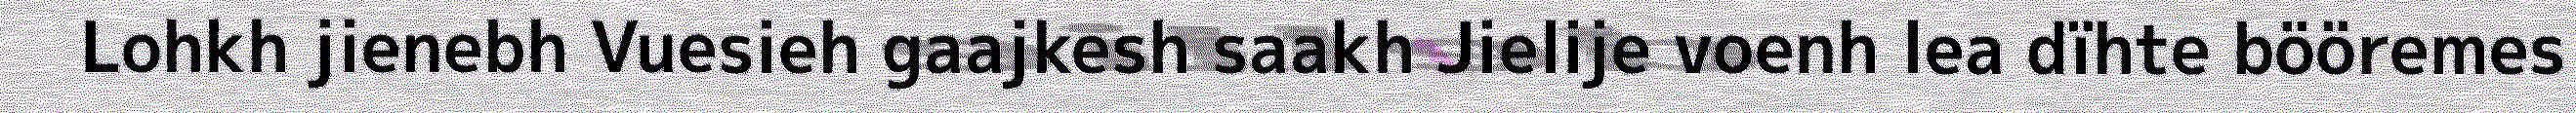
Lohkh jienebh Vuesieh gaajkesh saakh Jielije voenh lea dïhte bööremes